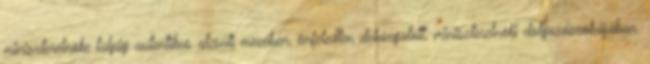
miniszterelnöke talpig autentikus alcsúti mezében, önfeledten de­káz­gatott, miniszterelnöki dolgozószo­bájában.